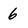
Character: 6